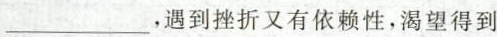
___，遇到挫折又有依赖性，渴望得到